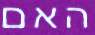
האם